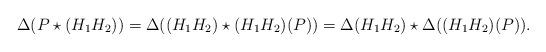
LaTeX: \begin{align*}&\Delta(P\star (H_1 H_2))=\Delta((H_1H_2)\star (H_1H_2)(P))=\Delta(H_1H_2) \star \Delta((H_1H_2)(P)). \end{align*}